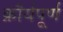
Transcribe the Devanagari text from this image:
क्रौर्यपूर्ण